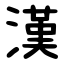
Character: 漢